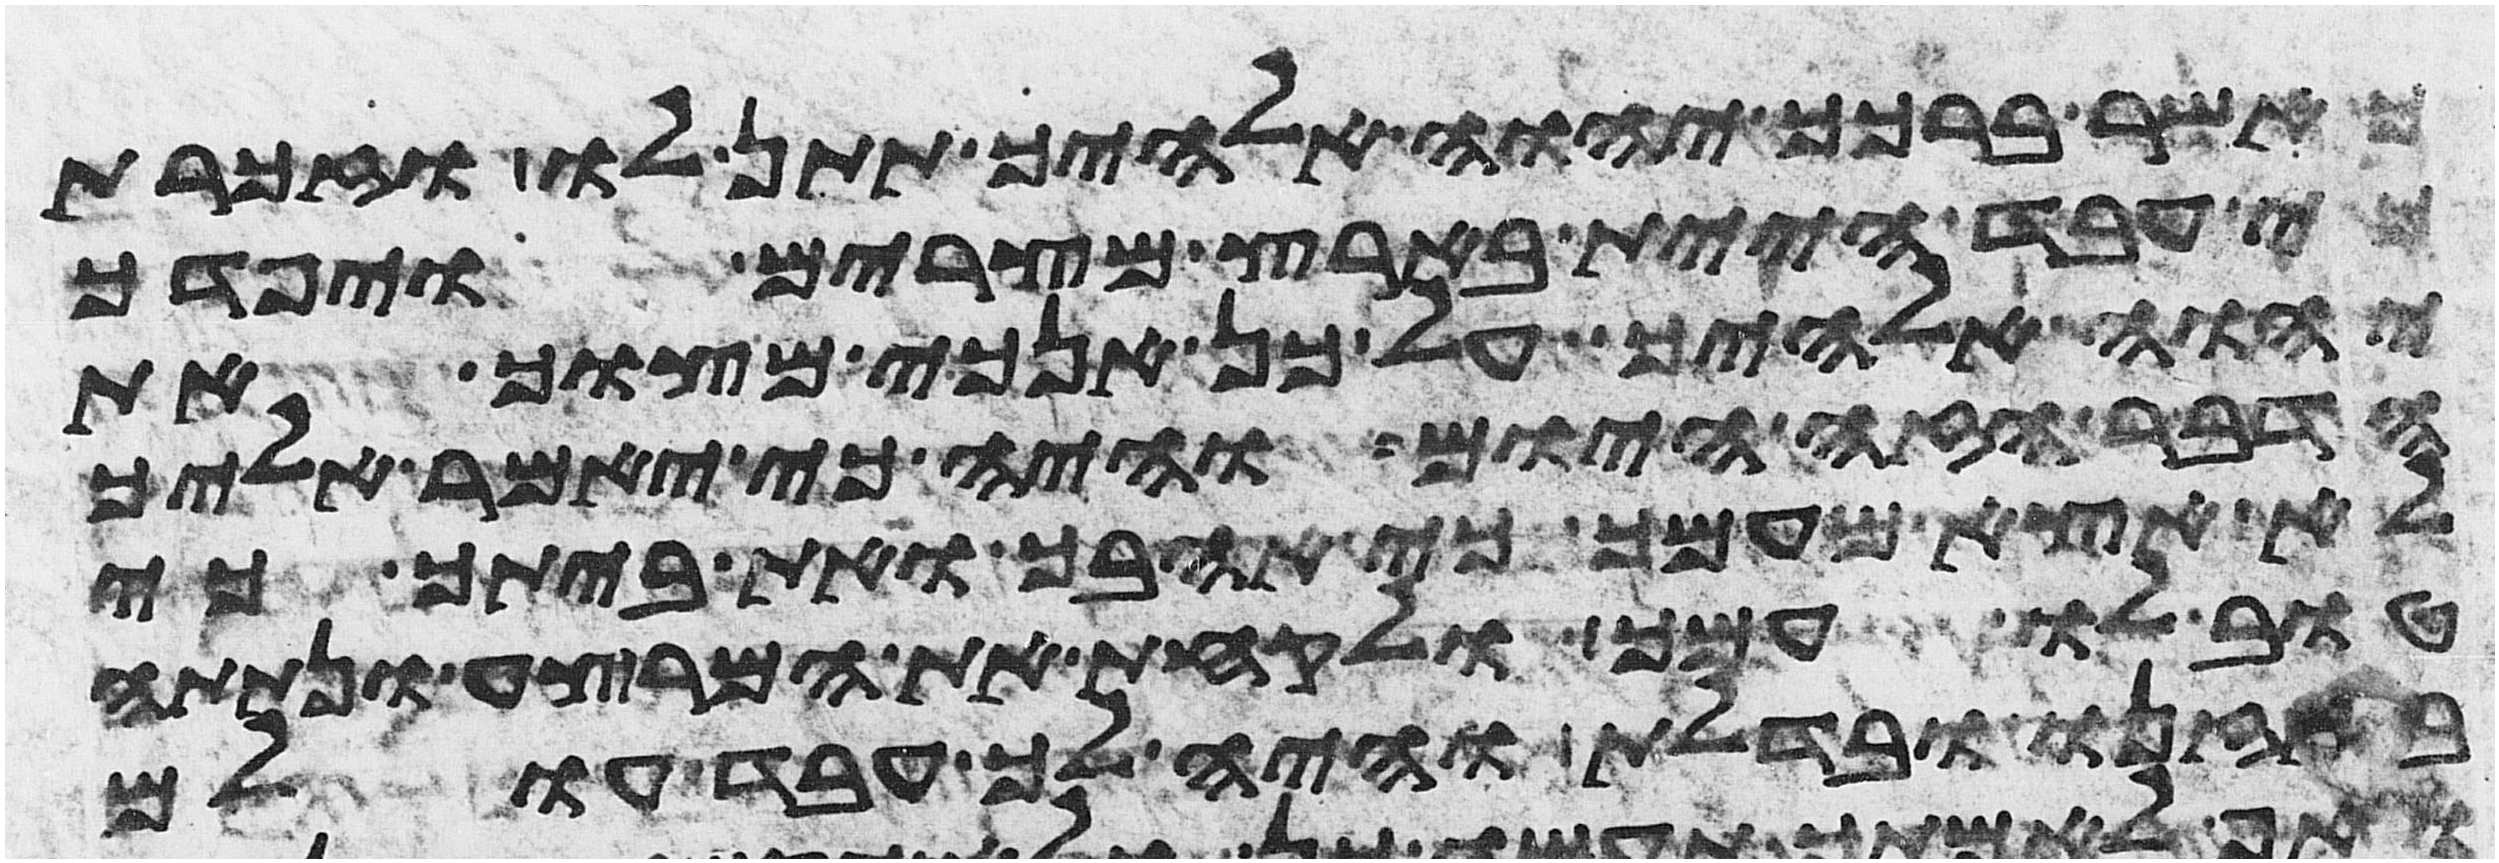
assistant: כאשר ברכך יהוה אלהיך תתן לו וזכרת
עבד היית בארץ מצרים ויפדך
יהוה אלהיך על כן אנכי מצוך את
הדבר הזה היום והיה כי יאמר אליך
לא אצא מעמך כי אהבך ואת ביתך כי
טוב לו עמך ולקחת את המרצע ונתתה
באזנו ובדלת והיה לך עבד עולם